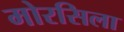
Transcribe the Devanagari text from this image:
मोरसिला